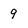
Character: 9